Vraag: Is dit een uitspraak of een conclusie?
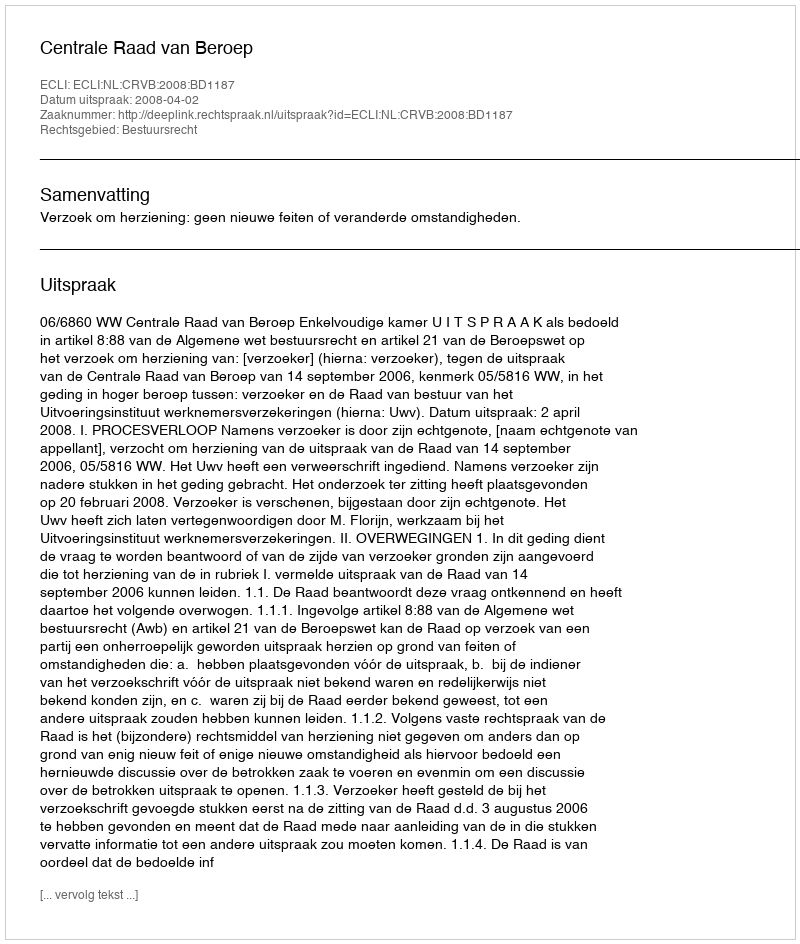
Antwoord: Uitspraak